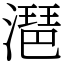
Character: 潖